King Institute of Preventive Medicine Micro-Biological Section reports 1912-19
Year: 1912
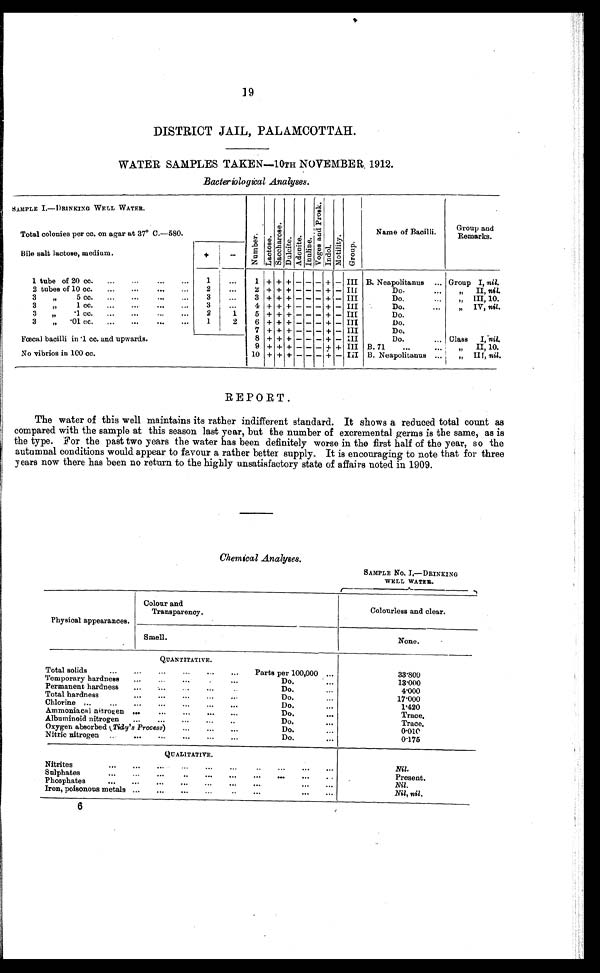
19
DISTRICT JAIL, PALAMCOTTAH.
WATER SAMPLES TAKEN—10TH NOVEMBER. 1912.
Bacteriological Analyses.
SAMPLE I.—DRINKING WELL WATER.
Total colonies per cc. on agar at 37° C.—580.
N u m b e r .
L a c t o s e .
S a c c h a r o s e .
D u l c i t e .
A d o n i t e .
I n u l i n e .
V o g e s a n d P r o s k .
I n d o l .
M o t i l i t y
G r o u p .
Name of Bacilli.
Group and
Remarks.
Bile salt lactose, medium.
+
-
1 tube of 20 cc.
...
...
...
...
1
...
1 + + + - - - + - III B. Neapolitanus
... Group I, nil.
2 + + + - - - + - Ill
Do.
II, nil.
2 tubes of 10 cc.
...
...
...
...
2
...
3
19
5 cc. ...
...
...
...
3
3 + + + - - - + -
III
Do.
.,.
„ III, 10.
3
1 cc. ...
...
...
...
3
. . . 4 + + + - - - + - III
Do.
...
„ IV, nit.
l 1
3 „
'1 c c .
. . .
. . .
. . .
. . .
2
1
5 + + + - - - + -
III
Do.
3
„
. 0 1 c c .
. . .
. . .
. . .
. . .
1
2
6 + + + - - - + - III
Do.
7 + + + - - - - - III
Do.
Fæcal bacilli in .1 cc. and upwards.
No vibrios in 100 cc.
8 + + + - - - + - III
Do.
... Class
I, nil.
9 + + + - - -1+ + III B.71
...
...
,, II, 10.
10
+ + + - - -1+
+
- III
B. Neapolitanas ...
„ III, nil.
REPORT.
The water of this well maintains its rather indifferent standard. It shows a reduced total count as
compared with the sample at this season last year, but the number of excremental germs is the same, as is
the type. For the past two years the water has been definitely worse in the first half of the year, so the
autumnal conditions would appear to favour a rather better supply. It is encouraging to note that for three
years now there has been no return to the highly unsatisfactory state of affairs noted in 1909.
Chemical Analyses.
SAMPLE No. I.—DRINKING
WELL WATER.
Physical appearances.
Colour and
Transparency.
Colourless and clear.
Smell.
None.
QUANTITATIVE.
33.800
Total solids
...
...
...
...
...
Parts per 100,000 ...
Temporary hardness
...
...
...
...
Do.
...
Permanent
13.000
hardness
...
.... ... .. Do. ...
4.000
Total hardness
...
...
...
...
Do.
17.000
Chlorine ...
...
...
...
...
...
...
Do.
...
1.420
Ammonia,cal nitrogen ...
...
...
...
...
Do.
...
Trace.
Albuminoid nitrogen
...
...
...
Do.
...
Trace.
Oxygen absorbed ( Tidy's Process)
...
...
Do.
0.010
Nitric nitrogen ..
...
...
...
...
...
Do.
...
0.175
QUALITATIVE.
Nil.
Nitrites
...
...
...
...
...
...
..
...
...
...
Sulphates
...
...
...
..
...
...
...
...
Present.
Phosphates
Nil.
Iron, Poisonous metals
Nil, nil.
6